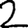
Digit: 2